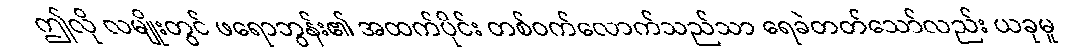
ဤလို လမျိုးတွင် ဖရောဘွန်း၏ အထက်ပိုင်း တစ်ဝက်လောက်သည်သာ ရေခဲတတ်သော်လည်း ယခုမူ